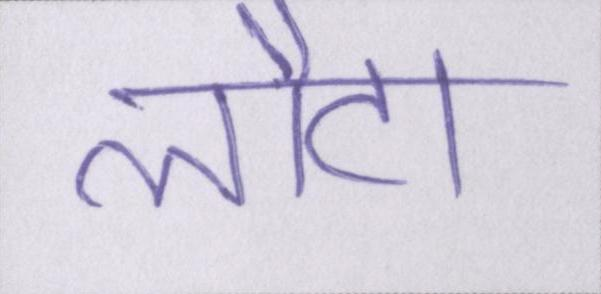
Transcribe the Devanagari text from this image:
लौटा